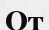
От